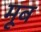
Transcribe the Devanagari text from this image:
मूब